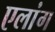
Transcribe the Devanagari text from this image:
एलांग